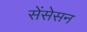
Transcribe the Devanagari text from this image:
सेंसेसन